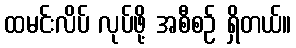
ထမင်းလိပ် လုပ်ဖို့ အစီစဉ် ရှိတယ်။